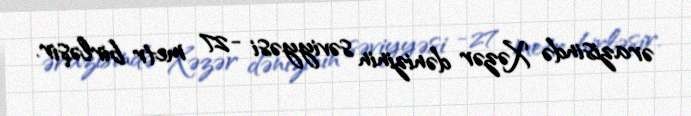
ərazisində Xəzər dənizinin səviyyəsi -27 metr birləşir.